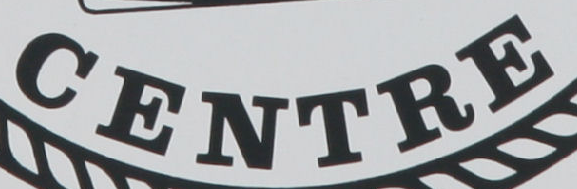
CENTER